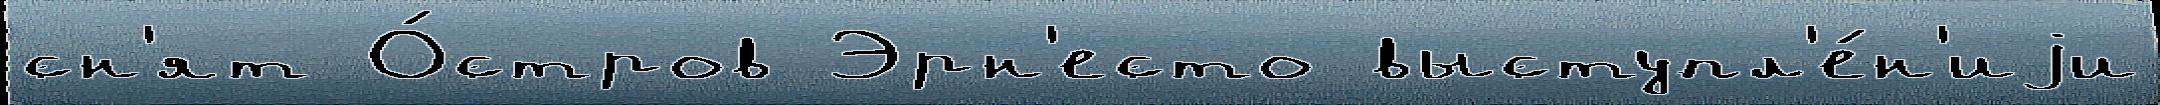
сн'ят О́стров Эрн'есто выступл'е́н'иjи